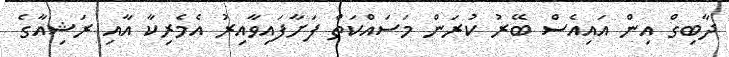
ދާބިގް އިން އައިއެސް ބޭރު ކުރަން މަސައްކަތް ފަށާފައިވާއިރު އެމެރިކާ އާއި ރަޝިއާގެ